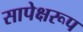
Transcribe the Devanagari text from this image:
सापेक्षरूप